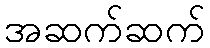
အဆက်ဆက်